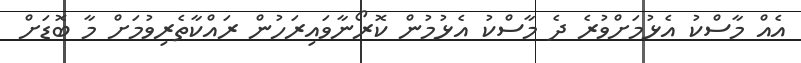
އެއް މާސްކު އެޅުމަށްވުރެ ދެ މާސްކު އެޅުމުން ކޮރޯނާވައިރަހުން ރައްކާތެރިވުމަށް މާ ބޮޑަށް